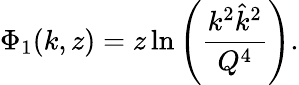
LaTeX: \Phi_{1}(k,z)=z\ln\left(\frac{k^{2}\hat{k}^{2}}{Q^{4}}\right).